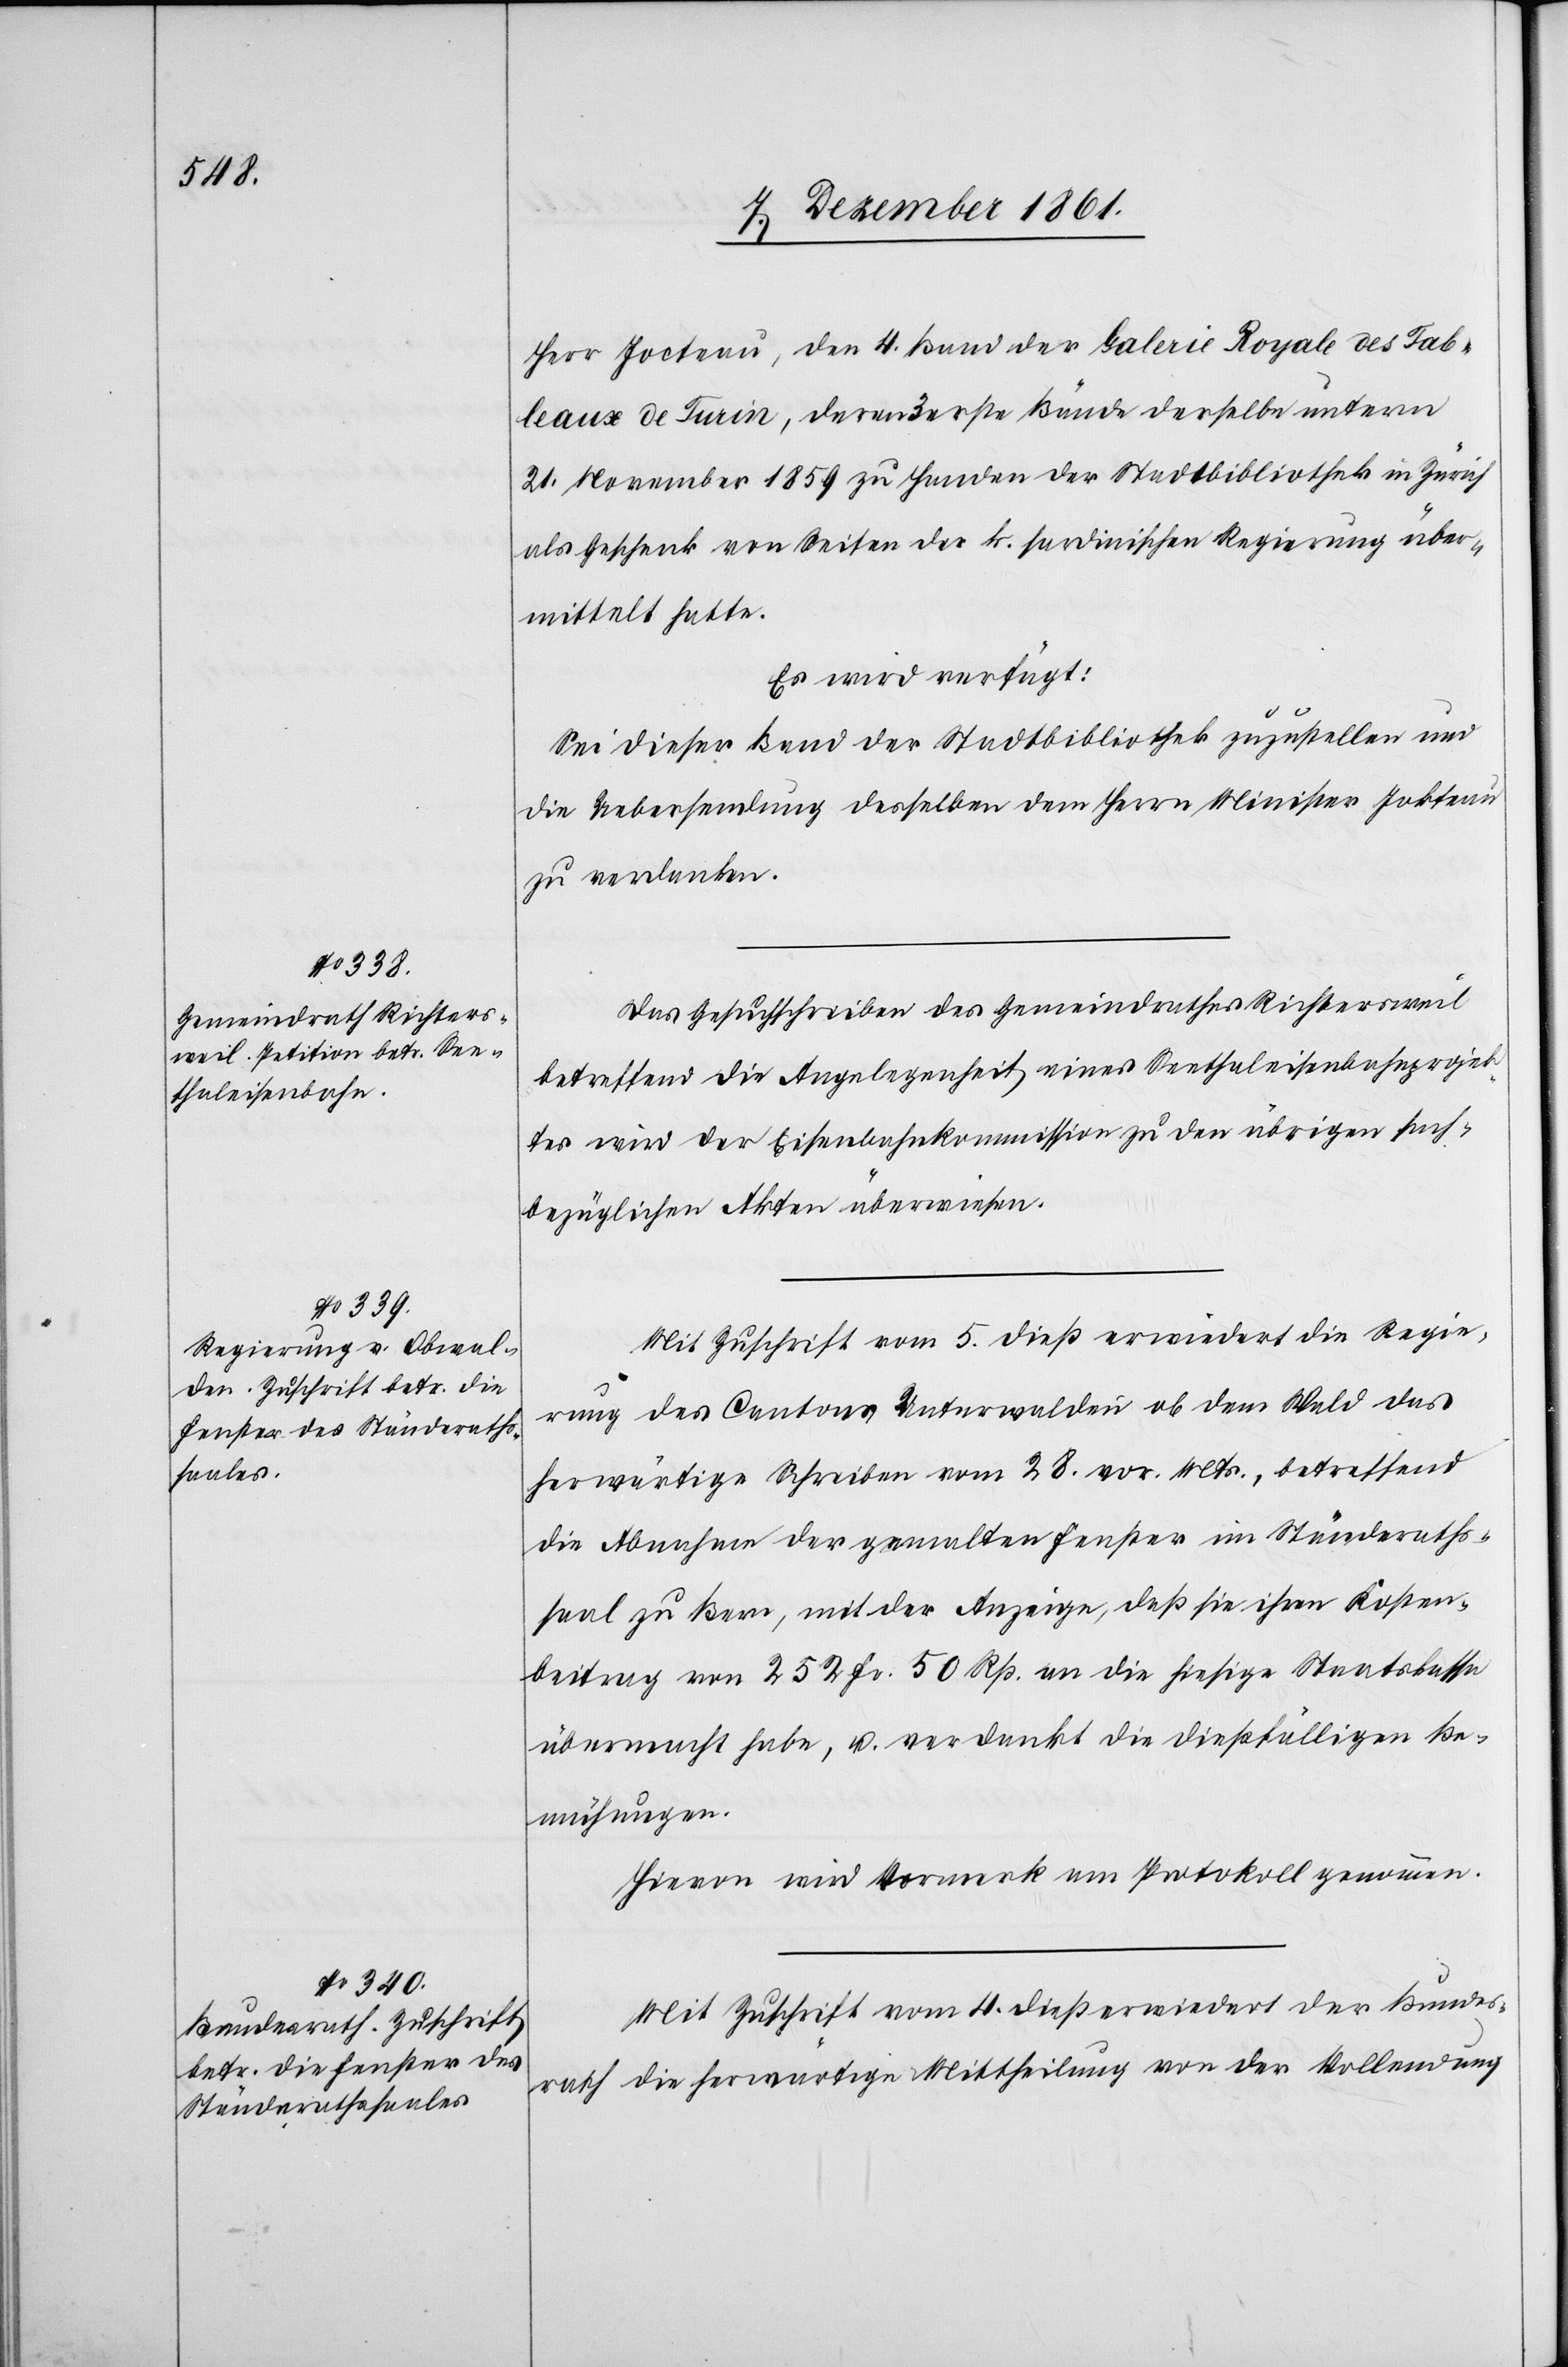
Herr Jocteau, den 4. Band der Galerie Royale des Table¬
aux de Turin, deren 3 erste Bände derselbe unterm
21 November 1859 zu Handen der Stadtbibliothek in Zürich
als Geschenk von Seiten der k. sardinischen Regierung über¬
mittelt hatte.
Es wird verfügt:
Sei dieser Band der Stadtbibliothek zuzustellen und
die Uebersendung desselben dem Herrn Minister Jokteau
zu verdanken.
Das Gesuchschreiben des Gemeindrathes Richtersweil
betreffend die Angelegenheit eines Seethaleisenbahnprojek¬
tes wird der Eisenbahnkommission zu den übrigen sach¬
bezüglichen Akten überwiesen.
Mit Zuschrift vom 5 dieß erwiedert die Regie¬
rung des Cantons Unterwalden ob dem Wald das
herwärtige Schreiben vom 28 vor. Mts., betreffend
die Abnahme der gemalten Fenster im Ständeraths¬
saal zu Bern, mit der Anzeige, daß sie ihren Kosten¬
beitrag von 252 Fr. 50 Rp. an die hiesige Staatskassa
übermacht habe, u. verdankt die dießfälligen Be¬
mühungen.
Hievon wird Vormerk am Protokoll genommen.
Mit Zuschrift vom 4 dieß erwiedert der Bundes¬
rath die herwärtige Mittheilung von der Vollendung